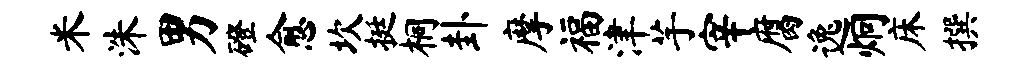
米洙男磴愈坎挺桐卦摩福津芋宰腐逸炯床撰